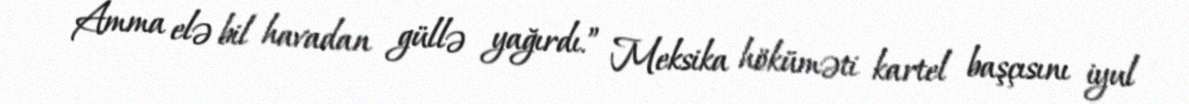
Amma elə bil havadan güllə yağırdı.” Meksika höküməti kartel başçısını iyul